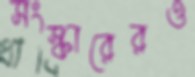
সংস্কারেরও